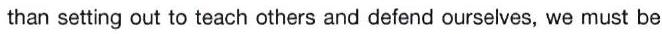
than setting out to teach others and defend ourselves, we must be